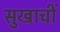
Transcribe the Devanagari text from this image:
सुखाचीं